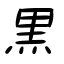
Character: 黒